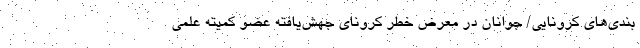
بندی‌های کرونایی/ جوانان در معرض خطر کرونای جهش‌یافته عضو کمیته علمی